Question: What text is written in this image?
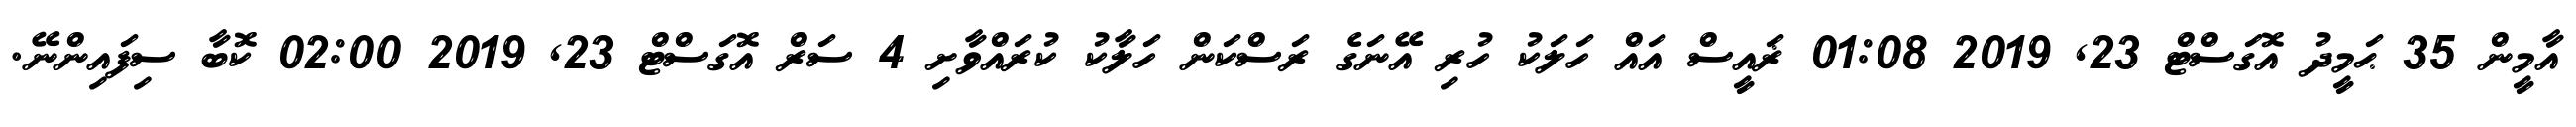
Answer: އާމީން 35 ޙަމީދު އޮގަސްޓް 23, 2019 01:08 ޜައީސް އައް ހަލަކު ހުރި އޭނަގެ ރަސްކަން ހަލާކު ކުރައްވާށި 4 ސަރް އޮގަސްޓް 23, 2019 02:00 ކޮބާ ސިފައިންނޭ.